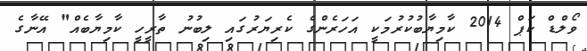
ވޯލްޑް ކަޕް 2014 ކާމިޔާބުކުރުމަކީ އަހަރެންގެ ކެރިޔަރުގައި ލިބުނު ތާރީހީ ކާމިޔާބެއް" އޭނާގެ